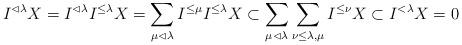
LaTeX: \begin{align*}I^{\lhd\lambda}X=I^{\lhd\lambda}I^{\le\lambda}X=\sum_{\mu\lhd\lambda}I^{\le\mu}I^{\le\lambda}X\subset\sum_{\mu\lhd\lambda}\sum_{\nu\le\lambda,\mu}I^{\le\nu}X\subset I^{<\lambda}X=0\end{align*}